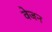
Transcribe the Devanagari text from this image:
वेजन